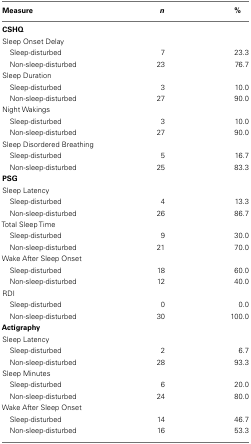
| Measure | n | % |
 | --- | --- | --- |
 | CSHQ |
 | Sleep Onset Delay |
 | Sleep-disturbed | 7 | 23.3 |
 | Non-sleep-disturbed | 23 | 76.7 |
 | Sleep Duration |
 | Sleep-disturbed | 3 | 10.0 |
 | Non-sleep-disturbed | 27 | 90.0 |
 | Night Wakings |
 | Sleep-disturbed | 3 | 10.0 |
 | Non-sleep-disturbed | 27 | 90.0 |
 | Sleep Disordered Breathing |
 | Sleep-disturbed | 5 | 16.7 |
 | Non-sleep-disturbed | 25 | 83.3 |
 | PSG |
 | Sleep Latency |
 | Sleep-disturbed | 4 | 13.3 |
 | Non-sleep-disturbed | 26 | 86.7 |
 | Total Sleep Time |
 | Sleep-disturbed | 9 | 30.0 |
 | Non-sleep-disturbed | 21 | 70.0 |
 | Wake After Sleep Onset |
 | Sleep-disturbed | 18 | 60.0 |
 | Non-sleep-disturbed | 12 | 40.0 |
 | RDI |
 | Sleep-disturbed | 0 | 0.0 |
 | Non-sleep-disturbed | 30 | 100.0 |
 | Actigraphy |
 | Sleep Latency |
 | Sleep-disturbed | 2 | 6.7 |
 | Non-sleep-disturbed | 28 | 93.3 |
 | Sleep Minutes |
 | Sleep-disturbed | 6 | 20.0 |
 | Non-sleep-disturbed | 24 | 80.0 |
 | Wake After Sleep Onset |
 | Sleep-disturbed | 14 | 46.7 |
 | Non-sleep-disturbed | 16 | 53.3 |